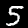
Label: 5